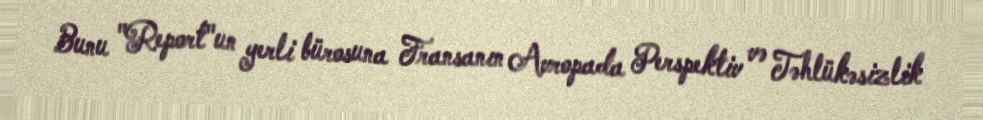
Bunu "Report"un yerli bürosuna Fransanın Avropada Perspektiv və Təhlükəsizlik